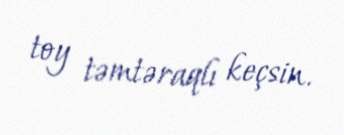
toy təmtəraqlı keçsin.